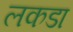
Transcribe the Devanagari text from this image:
लकडा